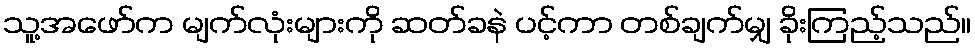
သူ့အဖော်က မျက်လုံးများကို ဆတ်ခနဲ ပင့်ကာ တစ်ချက်မျှ ခိုးကြည့်သည်။